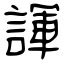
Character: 諢